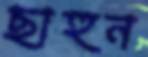
ছাহুন